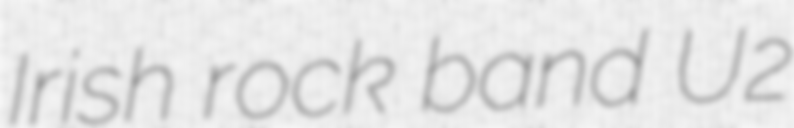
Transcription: Irish rock band U2